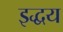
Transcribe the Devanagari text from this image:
इद्धय